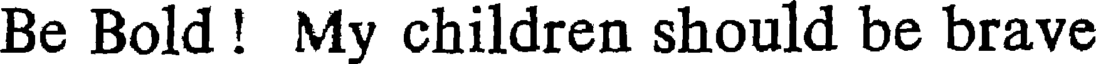
Be Bold ! My children should be brave